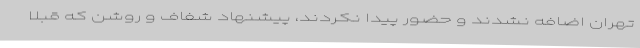
تهران اضافه نشدند و حضور پیدا نکردند، پیشنهاد شفاف و روشن که قبلاً